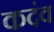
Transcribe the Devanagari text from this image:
कदंव